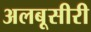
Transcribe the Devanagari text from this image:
अलबूसीरी